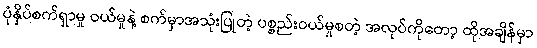
ပုံနှိပ်စက်ရှာမှု ဝယ်မှုနဲ့ စက်မှာအသုံးပြုတဲ့ ပစ္စည်းဝယ်မှုစတဲ့ အလုပ်ကိုတော့ ထိုအချိန်မှာ